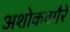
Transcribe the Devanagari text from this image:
अशोकवगैरे